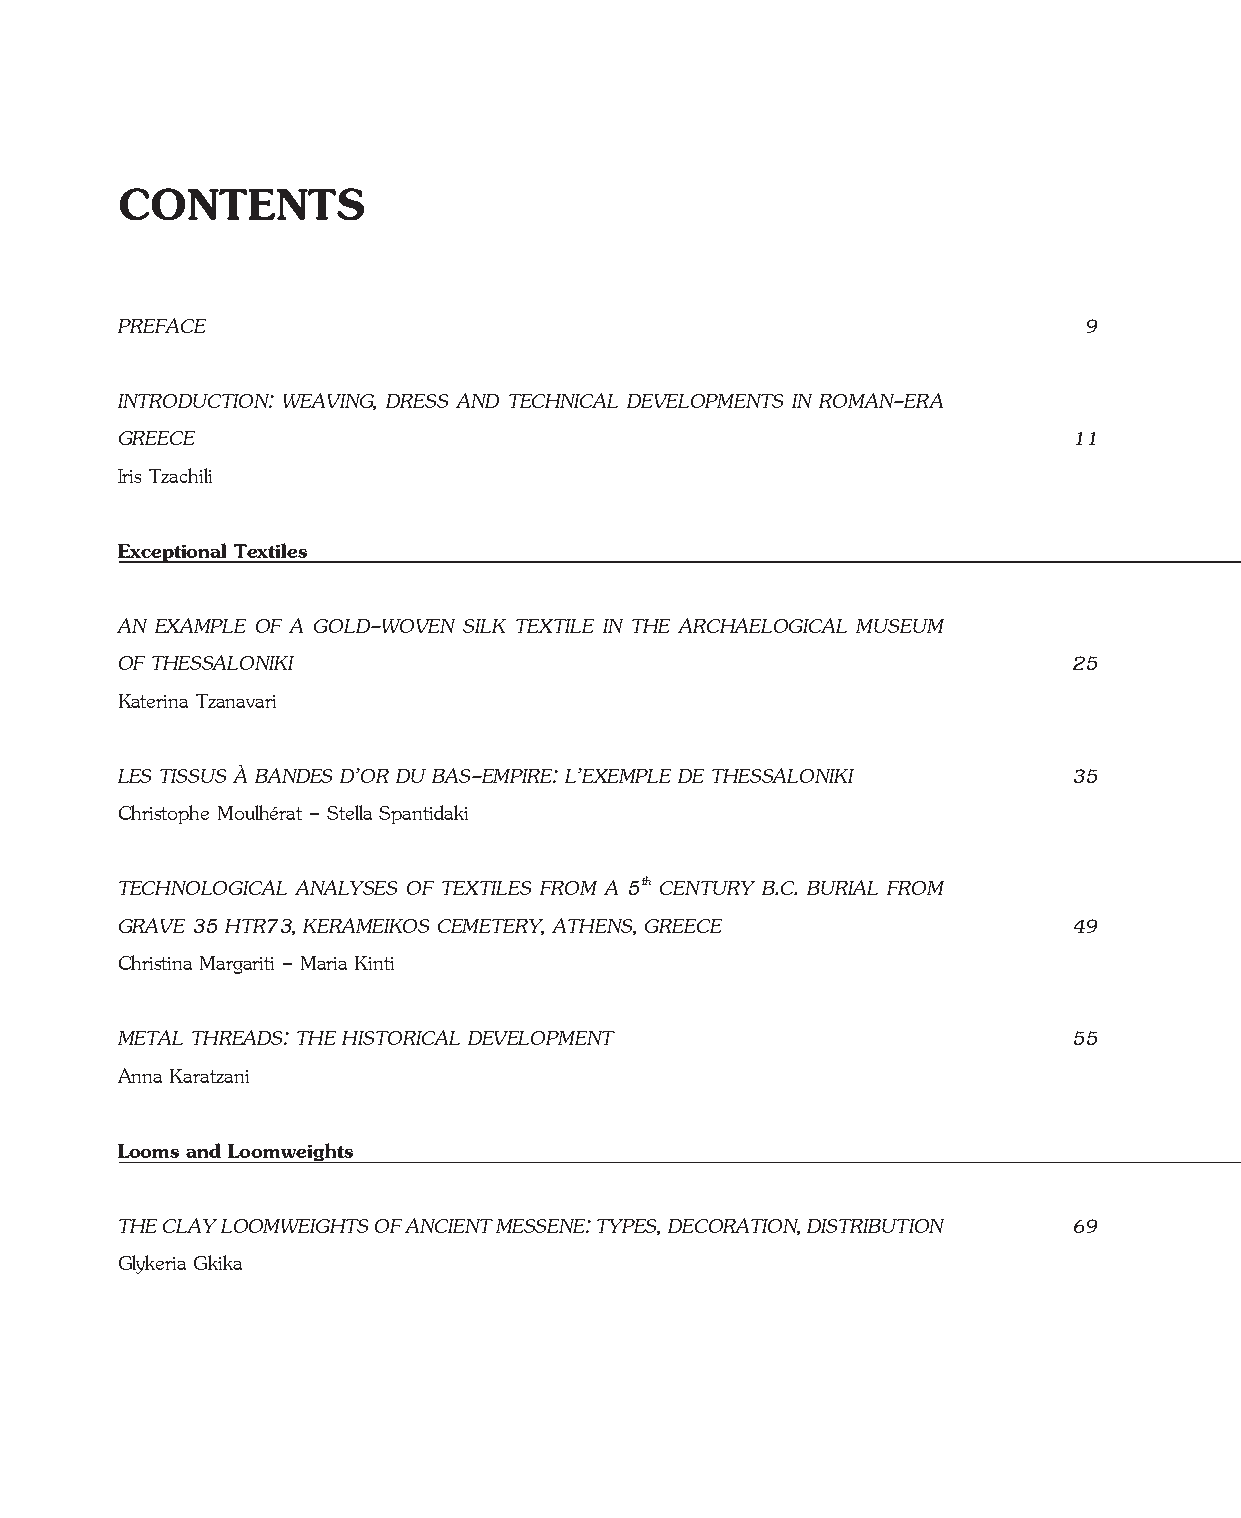
CONTENTS
 PREFACE                                                         9
 INTRODUCTION: WEAVING, DRESS AND TE CH NICAL DEVELOPMENTS IN ROMAN-ERA
 GREECE                                                         11
 Iris Tzachili
 Exceptional Textiles
 AN EXAMPLE OF A GOLD-WOVEN SILK TEXTILE IN THE ARCHAELOGICAL MUSEUM
 OF THESSALONIKI                                                25
 Katerina Tzanavari
 LES TISSUS À BANDES D’OR DU BAS-EMPIRE: L’EXEMPLE DE THESSALONIKI 35
 Christophe Moulhérat - Stella Spantidaki
 TECHNOLOGICAL ANALYSES OF TEXTILES FROM A 5th CENTURY B.C. BURIAL FROM
 GRAVE 35 HTR73, KERAMEIKOS CEMETERY, ATHENS, GREECE            49
 Christina Margariti - Maria Kinti
 METAL THREADS: THE HISTORICAL DEVELOPMENT                      55
 Anna Karatzani
 Looms and Loomweights
 THE CLAY LOOMWEIGHTS OF ANCIENT MESSENE: TYPES, DECORATION, DISTRIBUTION 69
 Glykeria Gkika